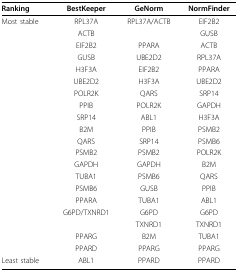
| Ranking | BestKeeper | GeNorm | NormFinder |
 | --- | --- | --- | --- |
 | Most stable | RPL37A | RPL37A/ACTB | EIF2B2 |
 |  | ACTB |  | GUSB |
 |  | EIF2B2 | PPARA | ACTB |
 |  | GUSB | UBE2D2 | RPL37A |
 |  | H3F3A | EIF2B2 | PPARA |
 |  | UBE2D2 | H3F3A | UBE2D2 |
 |  | POLR2K | QARS | SRP14 |
 |  | PPIB | POLR2K | GAPDH |
 |  | SRP14 | ABL1 | H3F3A |
 |  | B2M | PPIB | PSMB2 |
 |  | QARS | SRP14 | PSMB6 |
 |  | PSMB2 | PSMB2 | POLR2K |
 |  | GAPDH | GAPDH | B2M |
 |  | TUBA1 | PSMB6 | QARS |
 |  | PSMB6 | GUSB | PPIB |
 |  | PPARA | TUBA1 | ABL1 |
 |  | G6PD/TXNRD1 | G6PD | G6PD |
 |  |  | TXNRD1 | TXNRD1 |
 |  | PPARG | B2M | TUBA1 |
 |  | PPARD | PPARG | PPARG |
 | Least stable | ABL1 | PPARD | PPARD |